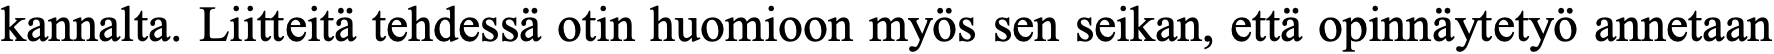
kannalta. Liitteitä tehdessä otin huomioon myös sen seikan, että opinnäytetyö annetaan